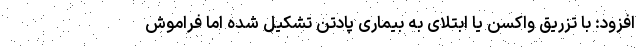
افزود: با تزریق واکسن یا ابتلای به بیماری پادتن تشکیل شده اما فراموش